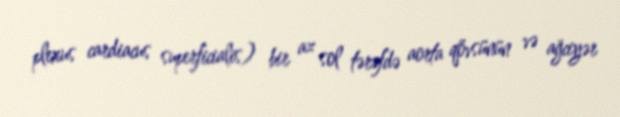
plexus cardiacus superficialis) bir az sol tərəfdə aorta qövsünün və ağciyər